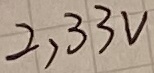
Text: 2,33V